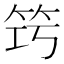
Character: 𥬤